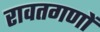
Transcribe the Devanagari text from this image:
रावतगणों